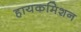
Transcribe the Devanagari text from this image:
हायकमिशन